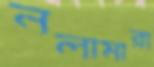
নলামারা